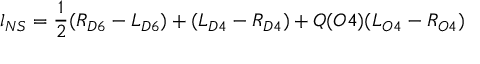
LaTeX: l _ { N S } = \frac { 1 } { 2 } ( R _ { D 6 } - L _ { D 6 } ) + ( L _ { D 4 } - R _ { D 4 } ) + Q ( O 4 ) ( L _ { O 4 } - R _ { O 4 } )